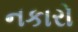
નકારો